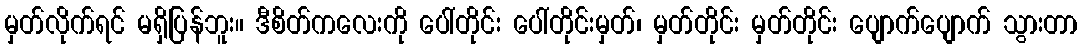
မှတ်လိုက်ရင် မရှိပြန်ဘူး။ ဒီစိတ်ကလေးကို ပေါ်တိုင်း ပေါ်တိုင်းမှတ်၊ မှတ်တိုင်း မှတ်တိုင်း ပျောက်ပျောက် သွားတာ